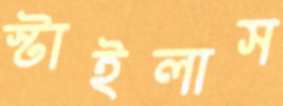
স্টাইলাস